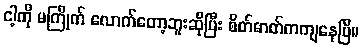
ငါ့ကို မကြိုက် လောက်တော့ဘူးဆိုပြီး စိတ်ဓာတ်ကကျနေပြီ။